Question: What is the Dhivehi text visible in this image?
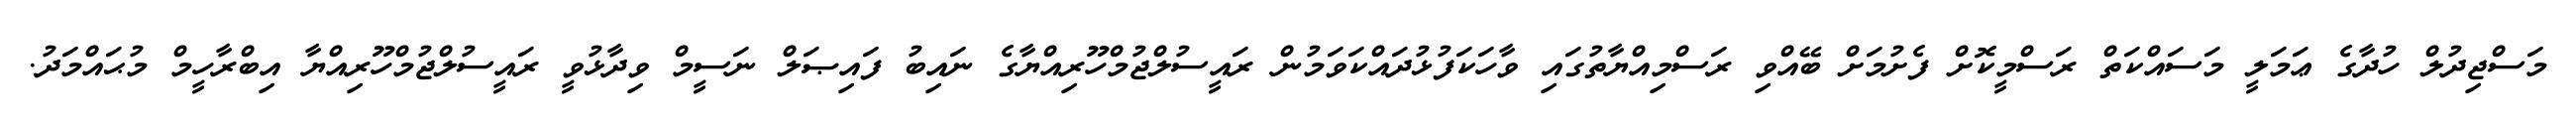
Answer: މަސްޖިދުލް ހުދާގެ ޢަމަލީ މަސައްކަތް ރަސްމީކޮށް ފެށުމަށް ބޭއްވި ރަސްމިއްޔާތުގައި ވާހަކަފުޅުދައްކަވަމުން ރައީސުލްޖުމްހޫރިއްޔާގެ ނައިބު ފައިޞަލް ނަސީމް ވިދާޅުވީ ރައީސުލްޖުމްހޫރިއްޔާ އިބްރާހީމް މުޙައްމަދު.